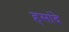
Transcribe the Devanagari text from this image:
हसांदे